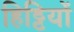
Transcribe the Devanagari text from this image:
हिट्टियों